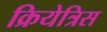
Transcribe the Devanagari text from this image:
क्रियेत्रिस